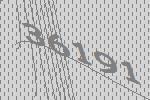
36191